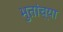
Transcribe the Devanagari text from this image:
भुतांच्या